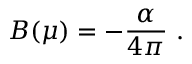
B ( \mu ) = - \frac { \alpha } { 4 \pi } \ .